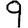
Digit: 9